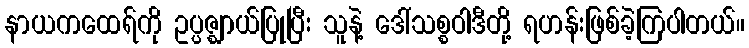
နာယကထေရ်ကို ဥပ္ပဇ္ဈာယ်ပြုပြီး သူနဲ့ ဒေါ်သစ္စဝါဒီတို့ ရဟန်းဖြစ်ခဲ့ကြပါတယ်။